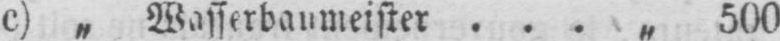
c) „ Wasserbaumeister ... „ 500